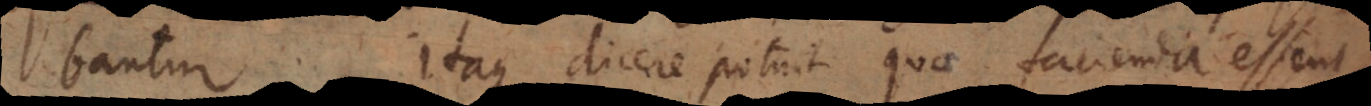
bantur. Itaque dicere potuit quae facienda essent,